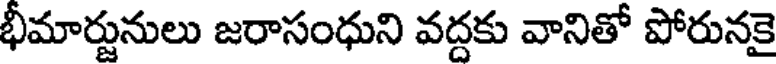
భీమార్జునులు జరాసంధుని వద్దకు వానితో పోరునకై